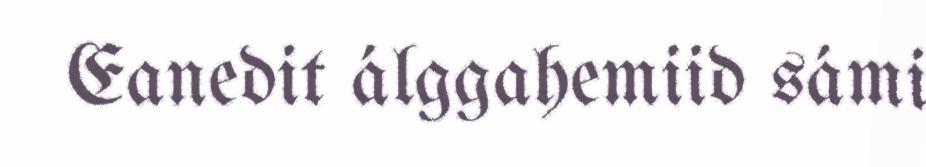
Eanedit álggahemiid sámi